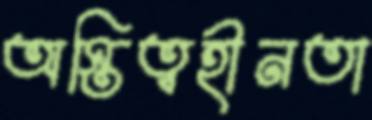
অস্তিত্বহীনতা